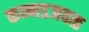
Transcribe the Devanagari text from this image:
कन्नडजवळ